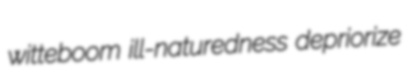
witteboom ill-naturedness depriorize